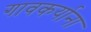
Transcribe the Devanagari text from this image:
गावकर्याना